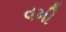
વમી